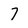
Character: 7